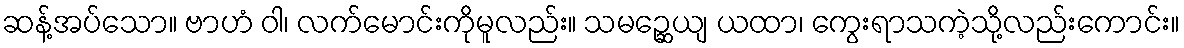
ဆန့်အပ်သော။ ဗာဟံ ဝါ၊ လက်မောင်းကိုမူလည်း။ သမဉ္ဆေယျ ယထာ၊ ကွေးရာသကဲ့သို့လည်းကောင်း။